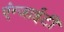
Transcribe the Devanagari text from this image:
एंग्जाईटी